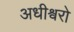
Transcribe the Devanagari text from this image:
अधीश्वरो